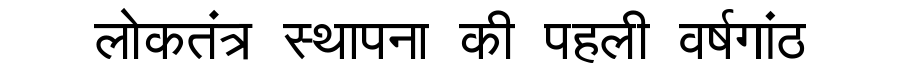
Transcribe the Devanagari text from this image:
लोकतंत्र स्थापना की पहली वर्षगांठ